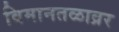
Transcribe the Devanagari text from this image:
विमानतळाव्रर